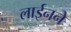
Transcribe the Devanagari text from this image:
लाईनने